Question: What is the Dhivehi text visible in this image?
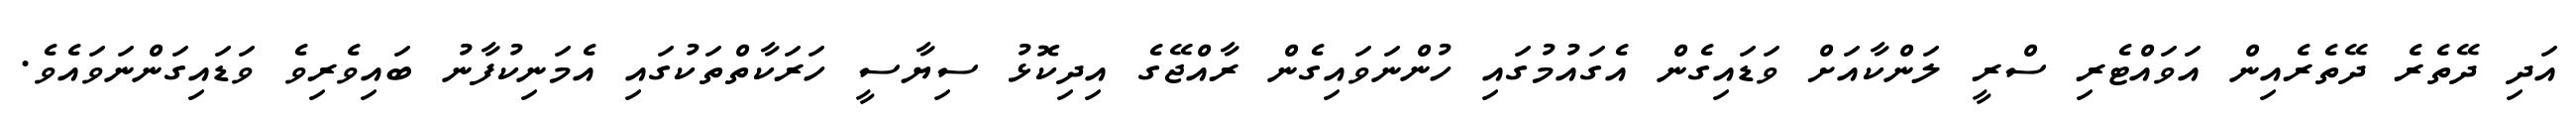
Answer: އަދި ދޭތެރެ ދޭތެރެއިން އަވައްޓެރި ސްރީ ލަންކާއަށް ވަޑައިގެން އެގައުމުގައި ހުންނަވައިގެން ރާއްޖޭގެ އިދިކޮޅު ސިޔާސީ ހަރަކާތްތަކުގައި އެމަނިކުފާނު ބައިވެރިވެ ވަޑައިގަންނަވައެވެ.